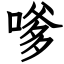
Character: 嗲